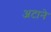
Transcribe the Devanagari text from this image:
अटाने